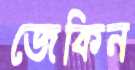
জেকিন